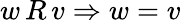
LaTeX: w\, R\, v\Rightarrow w=v